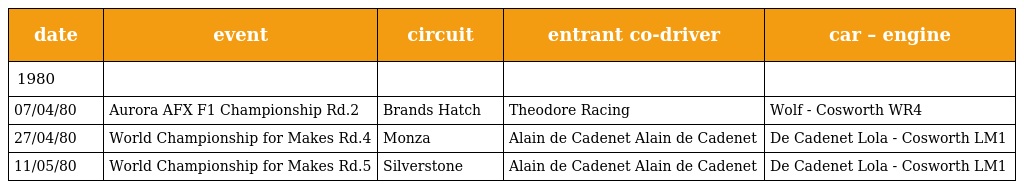
| date | event | circuit | entrant co-driver | car – engine |
 | --- | --- | --- | --- | --- |
 | 1980 |  |  |  |  |
 | 07/04/80 | Aurora AFX F1 Championship Rd.2 | Brands Hatch | Theodore Racing | Wolf - Cosworth WR4 |
 | 27/04/80 | World Championship for Makes Rd.4 | Monza | Alain de Cadenet Alain de Cadenet | De Cadenet Lola - Cosworth LM1 |
 | 11/05/80 | World Championship for Makes Rd.5 | Silverstone | Alain de Cadenet Alain de Cadenet | De Cadenet Lola - Cosworth LM1 |